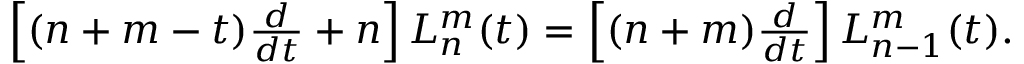
\begin{array} { r } { \left[ ( n + m - t ) \frac { d } { d t } + n \right] L _ { n } ^ { m } ( t ) = \left[ ( n + m ) \frac { d } { d t } \right] L _ { n - 1 } ^ { m } ( t ) . } \end{array}